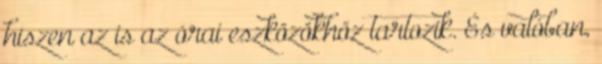
hiszen az is az órai eszközökhöz tartozik. És valóban,